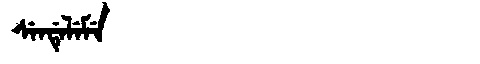
Manchu: ᠰᡝᠨᡩᡝᠯᡝᠮᡝ
Romanization: SENDELEME